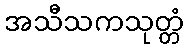
အသီသကသုတ္တံ